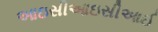
આઇસીઆઇસીઆઈ